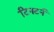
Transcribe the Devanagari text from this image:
टिनटर्न